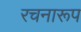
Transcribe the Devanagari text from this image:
रचनारूप